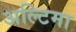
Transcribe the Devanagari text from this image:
अल्टिमा